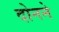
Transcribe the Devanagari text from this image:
दोनने